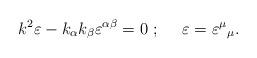
LaTeX: \begin{align*}k^2\varepsilon - k_\alpha k_\beta \varepsilon^{\alpha \beta} = 0~;~~~~ \varepsilon = {\varepsilon^\mu}_\mu.\end{align*}